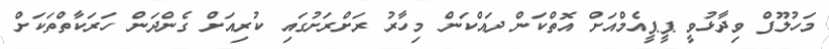
މަހުލޫފް ވިދާޅުވީ ޕީޕީއެމްއަށް އޮތްކަން ދައްކަން މިހާރު ރަށްރަށުގައި ކުރިއަށް ގެންދަން ހަރަކާތްތަކަށް